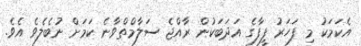
އެކަަމަކު މި ފަހަރު ފީފާގެ އަދަބަކުން ރާއްޖެ ސަލާމްތްވާނެ ކަމަށް ނުބެލެވެ އެވެ.